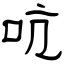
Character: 吭